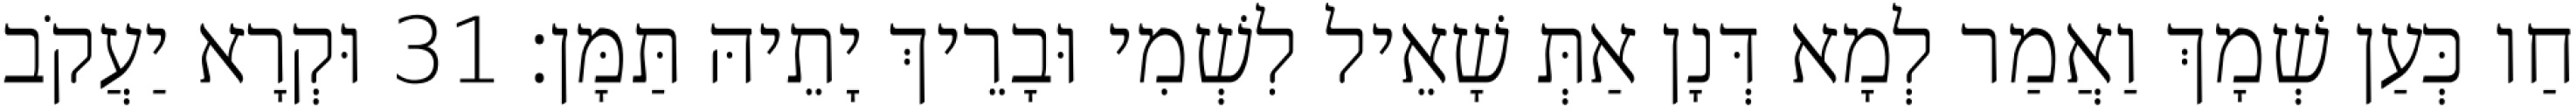
חַו כְּעַן שְׁמָךְ וַאֲמַר לְמָא דְּנָן אַתְּ שָׁאֵיל לִשְׁמִי וּבָרֵיךְ יָתֵיהּ תַּמָּן׃ 31 וּקְרָא יַעֲקֹב